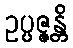
ဥပ္ပဇ္ဇန္တိ